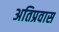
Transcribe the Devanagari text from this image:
अतिप्रवास